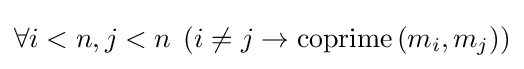
\forall i<n,j<n\;\left(i\neq j\rightarrow \mathrm {coprime} \left(m_{i},m_{j}\right)\right)